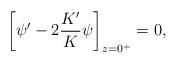
\begin{align*}\bigg[\psi'-2\frac{K'}{K}\psi\bigg]_{z=0^+}=0,\end{align*}